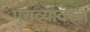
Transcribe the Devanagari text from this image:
पुराव्यावरुन